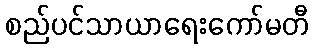
စည်ပင်သာယာရေးကော်မတီ